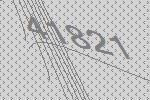
41821